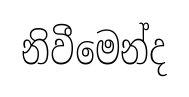
නිවීමෙන්ද